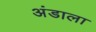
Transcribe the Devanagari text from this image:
अंडाला